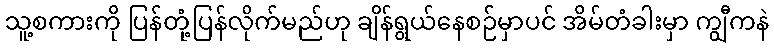
သူ့စကားကို ပြန်တုံ့ပြန်လိုက်မည်ဟု ချိန်ရွယ်နေစဉ်မှာပင် အိမ်တံခါးမှာ ကျွီကနဲ